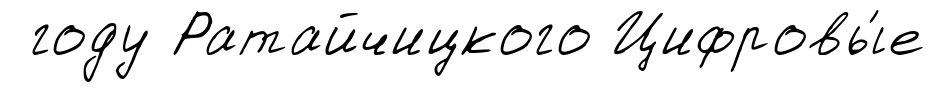
году Ратайчицкого Цифровы́е